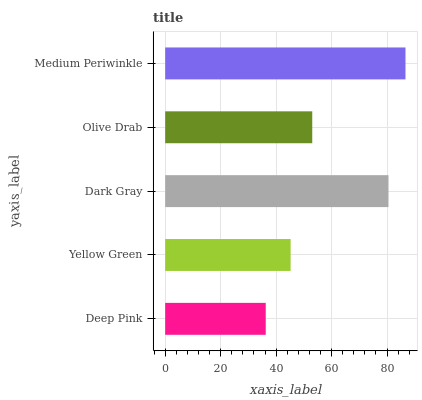
| yaxis_label | bars |
 | --- | --- |
 | Deep Pink | 36.3 |
 | Yellow Green | 45.2 |
 | Dark Gray | 80.5 |
 | Olive Drab | 53 |
 | Medium Periwinkle | 86.7 |